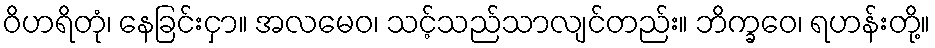
ဝိဟရိတုံ၊ နေခြင်းငှာ။ အလမေဝ၊ သင့်သည်သာလျင်တည်း။ ဘိက္ခဝေ၊ ရဟန်းတို့။